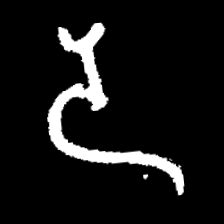
Pyu character \u2014 Myanmar letter: ဒ (romanized: da)